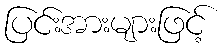
ပြင်းအားများဖြင့်